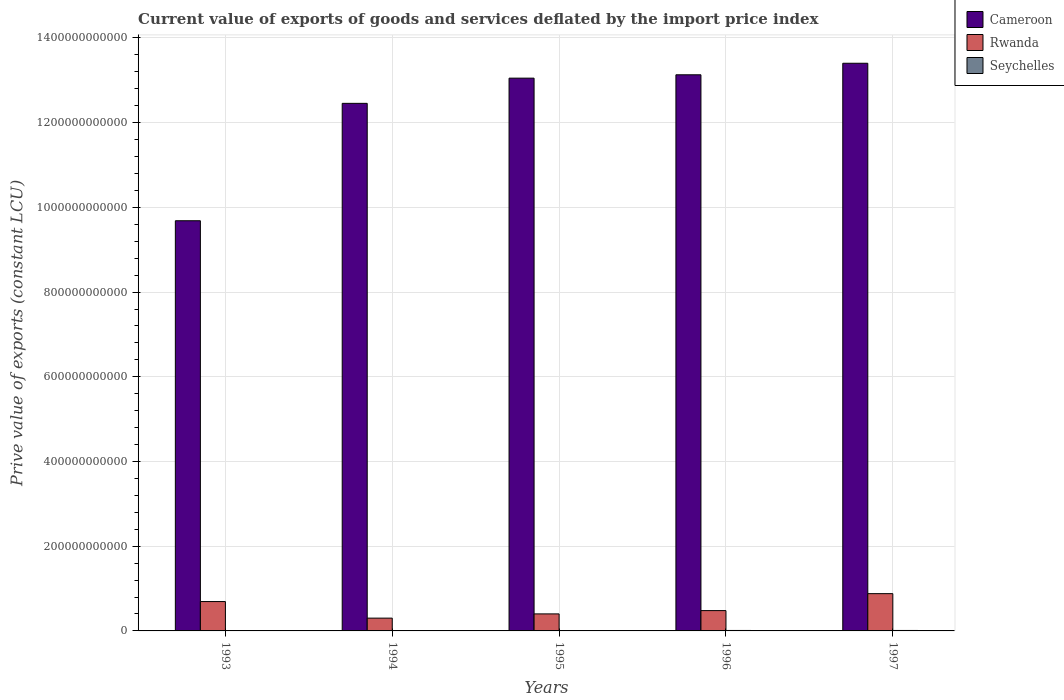
| Years | Cameroon | Rwanda | Seychelles |
 | --- | --- | --- | --- |
 | 1993 | 9.68e+11 | 6.93e+10 | 5.2e+08 |
 | 1994 | 1.25e+12 | 3.02e+10 | 5.1e+08 |
 | 1995 | 1.31e+12 | 4.02e+10 | 5.49e+08 |
 | 1996 | 1.31e+12 | 4.8e+10 | 1.07e+09 |
 | 1997 | 1.34e+12 | 8.8e+10 | 1.09e+09 |